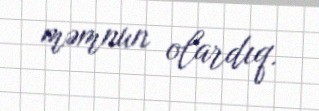
məmnun olardıq.